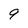
Character: 9